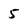
Character: 5